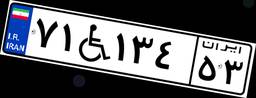
۷۱W۱۳۴۵۳